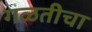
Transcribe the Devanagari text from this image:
गळतीचा